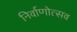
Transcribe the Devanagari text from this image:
निर्वाणोत्सव